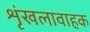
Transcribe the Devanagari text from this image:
शृंखलावाहक